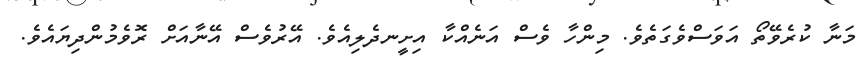
މަނާ ކުރެވޭތޯ އަވަސްވެގަތެެވެ. މިންހާ ވެސް އަނެއްކާ އިށީނދެލިއެވެ. އޭރުވެސް އޭނާއަށް ރޮވެމުންދިޔައެވެ.